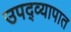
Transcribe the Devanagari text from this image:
उपद्व्यापात